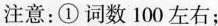
注意：①词数100左右；